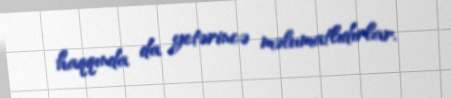
haqqında da yetərincə məlumatlıdırlar.